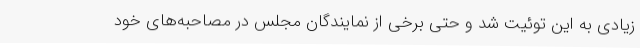
زیادی به این توئیت شد و حتی برخی از نمایندگان مجلس در مصاحبه‌های خود